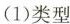
(1)类型